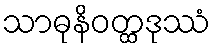
သာဓုနိဝတ္ထဒုဿံ